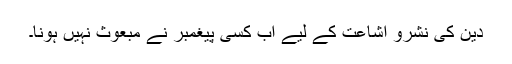
دین کی نشرو اشاعت کے لیے اب کسی پیغمبر نے مبعوث نہیں ہونا۔